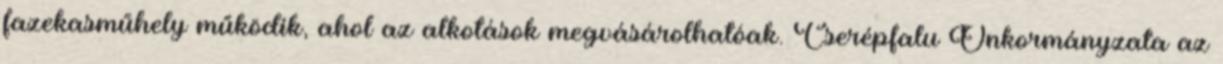
fazekasműhely működik, ahol az alkotások megvásárolhatóak. Cserépfalu Önkormányzata az